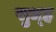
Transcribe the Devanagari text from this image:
सुध्ह